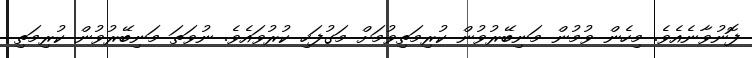
ފޮނުވާނެއެވެ. މިހެން ވުމުން މަނިބޭރުވުން ކުރިމަތިވުމަށް މަގުފަހި ކުރުވައެވެ. ނުވަތަ މަނިބޭރުވުން ކުރިމަތި